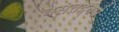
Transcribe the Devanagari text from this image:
वसंतद्तसे